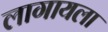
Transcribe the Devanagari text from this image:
लागायला